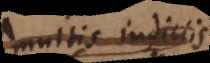
multis indiciis